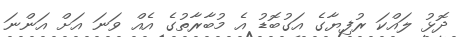
ދޮޅު ލައްކަ ރުފިޔާގެ އަގުބޮޑު އެ މުބާރާތުގެ އެއް ވަނަ އަށް އަންނަ